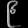
Digit: ၉